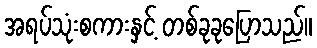
အရပ်သုံးစကားနှင့် တစ်ခုခုပြောသည်။